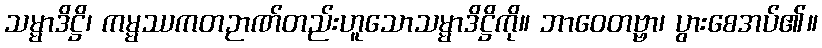
သမ္မာဒိဋ္ဌိ၊ ကမ္မဿကတဉာဏ်တည်းဟူသောသမ္မာဒိဋ္ဌိကို။ ဘာဝေတဗ္ဗာ၊ ပွားစေအပ်၏။